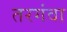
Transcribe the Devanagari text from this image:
तरगंवा